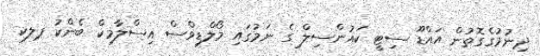
ދިނުމުގެގޮތުން އައްޑޫ ސިޓީ ކައުންސިލް ގެ ނަމުގައި މޯލްޑިވްސް އިސްލާމިކް ބެންކު ޕލކ